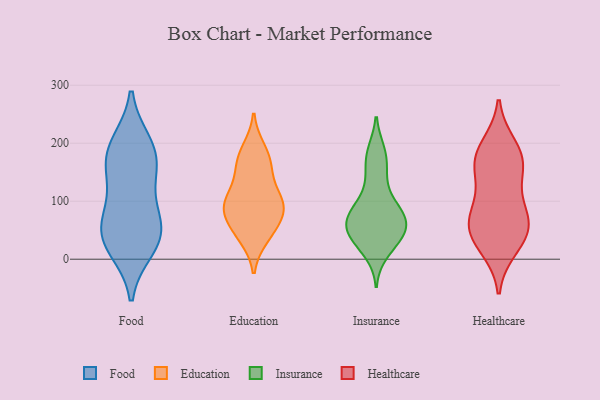
{"axis": {"x": "Population (Million)", "y": "Value"}, "legend": ["Education", "Food", "Healthcare", "Insurance"], "data": [{"x": "", "y": 40, "type": "Food"}, {"x": "", "y": 21, "type": "Food"}, {"x": "", "y": 68, "type": "Food"}, {"x": "", "y": 172, "type": "Food"}, {"x": "", "y": 40, "type": "Food"}, {"x": "", "y": 197, "type": "Food"}, {"x": "", "y": 49, "type": "Food"}, {"x": "", "y": 187, "type": "Food"}, {"x": "", "y": 159, "type": "Food"}, {"x": "", "y": 114, "type": "Food"}, {"x": "", "y": 106, "type": "Education"}, {"x": "", "y": 189, "type": "Education"}, {"x": "", "y": 44, "type": "Education"}, {"x": "", "y": 100, "type": "Education"}, {"x": "", "y": 61, "type": "Education"}, {"x": "", "y": 152, "type": "Education"}, {"x": "", "y": 103, "type": "Education"}, {"x": "", "y": 91, "type": "Education"}, {"x": "", "y": 74, "type": "Education"}, {"x": "", "y": 38, "type": "Education"}, {"x": "", "y": 89, "type": "Education"}, {"x": "", "y": 158, "type": "Education"}, {"x": "", "y": 176, "type": "Education"}, {"x": "", "y": 64, "type": "Insurance"}, {"x": "", "y": 185, "type": "Insurance"}, {"x": "", "y": 58, "type": "Insurance"}, {"x": "", "y": 12, "type": "Insurance"}, {"x": "", "y": 50, "type": "Insurance"}, {"x": "", "y": 130, "type": "Insurance"}, {"x": "", "y": 157, "type": "Insurance"}, {"x": "", "y": 33, "type": "Insurance"}, {"x": "", "y": 68, "type": "Insurance"}, {"x": "", "y": 180, "type": "Insurance"}, {"x": "", "y": 66, "type": "Insurance"}, {"x": "", "y": 34, "type": "Insurance"}, {"x": "", "y": 39, "type": "Insurance"}, {"x": "", "y": 80, "type": "Insurance"}, {"x": "", "y": 92, "type": "Insurance"}, {"x": "", "y": 92, "type": "Insurance"}, {"x": "", "y": 194, "type": "Healthcare"}, {"x": "", "y": 151, "type": "Healthcare"}, {"x": "", "y": 41, "type": "Healthcare"}, {"x": "", "y": 91, "type": "Healthcare"}, {"x": "", "y": 74, "type": "Healthcare"}, {"x": "", "y": 174, "type": "Healthcare"}, {"x": "", "y": 77, "type": "Healthcare"}, {"x": "", "y": 177, "type": "Healthcare"}, {"x": "", "y": 45, "type": "Healthcare"}, {"x": "", "y": 156, "type": "Healthcare"}, {"x": "", "y": 21, "type": "Healthcare"}, {"x": "", "y": 49, "type": "Healthcare"}]}